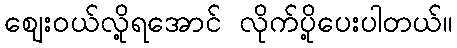
ဈေးဝယ်လို့ရအောင် လိုက်ပို့ပေးပါတယ်။